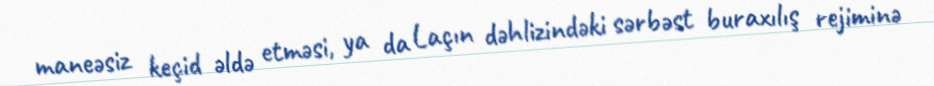
maneəsiz keçid əldə etməsi, ya da Laçın dəhlizindəki sərbəst buraxılış rejiminə